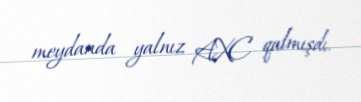
meydanda yalnız AXC qalmışdı.